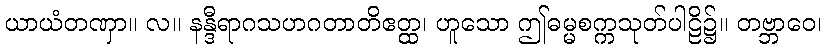
ယာယံတဏှာ။ လ။ နန္ဒီရာဂသဟဂတာတိဧတ္ထ၊ ဟူသော ဤဓမ္မစက္ကသုတ်ပါဠိ၌။ တဗ္ဘာဝေ၊